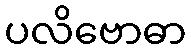
ပလိဗောဓာ